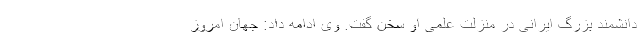
دانشمند بزرگ ایرانی در منزلت علمی او سخن گفت. وی ادامه داد: جهان امروز